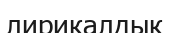
лирикалдық